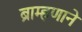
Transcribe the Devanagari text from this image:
ब्राम्हणाने